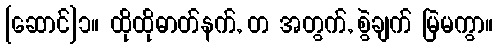
[ဆောင်]၁။ ထိုထိုဓာတ်နက်, တ အတွက်, စွဲချက် မြဲမကွာ။